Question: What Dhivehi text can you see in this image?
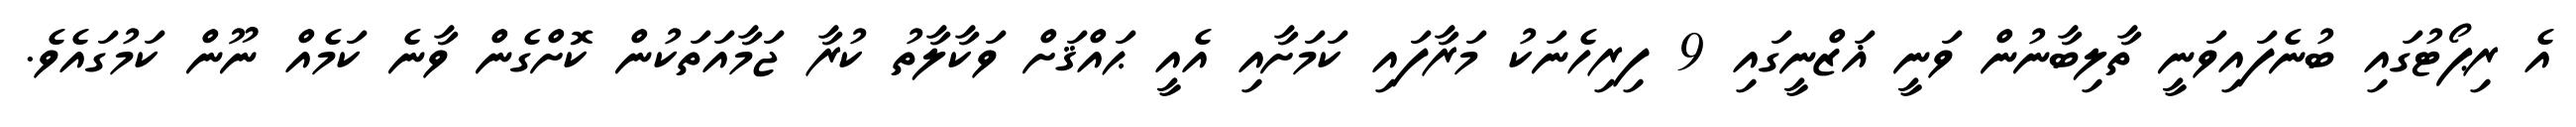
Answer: އެ ރިޕޯޓުގައި ބުނެފައިވަނީ ތާލިބާނުން ވަނީ ޣަޒްނީގައި 9 ފިރިހެނަކު މަރާފައި ކަމަށާއި އެއީ ޙައްޤަށް ވަކާލާތު ކުރާ ޖަމާއަތަކުން ކޮށްގެން ވާނެ ކަމެއް ނޫން ކަމުގައެވެ.